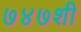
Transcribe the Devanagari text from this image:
७४७शी